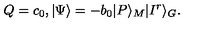
Q = c _ { 0 } , | \Psi \rangle = - b _ { 0 } | P \rangle _ { M } | I ^ { r } \rangle _ { G } .